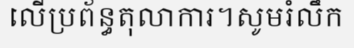
លើប្រព័ន្ធតុលាការ។សូមរំលឹក